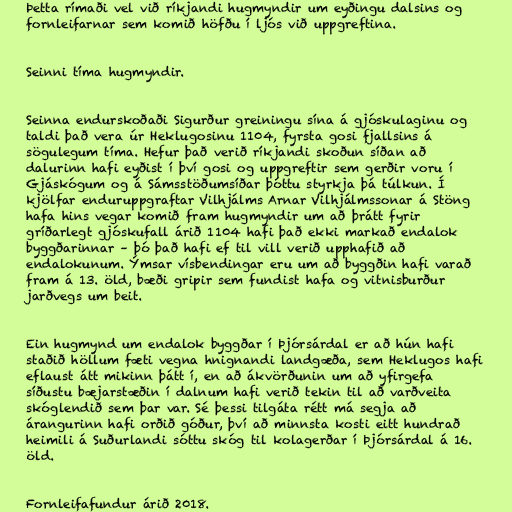
Þetta rímaði vel við ríkjandi hugmyndir um eyðingu dalsins og
fornleifarnar sem komið höfðu í ljós við uppgreftina.

Seinni tíma hugmyndir.

Seinna endurskoðaði Sigurður greiningu sína á gjóskulaginu og
taldi það vera úr Heklugosinu 1104, fyrsta gosi fjallsins á
sögulegum tíma. Hefur það verið ríkjandi skoðun síðan að
dalurinn hafi eyðist í því gosi og uppgreftir sem gerðir voru í
Gjáskógum og á Sámsstöðumsíðar þóttu styrkja þá túlkun. Í
kjölfar enduruppgraftar Vilhjálms Arnar Vilhjálmssonar á Stöng
hafa hins vegar komið fram hugmyndir um að þrátt fyrir
gríðarlegt gjóskufall árið 1104 hafi það ekki markað endalok
byggðarinnar – þó það hafi ef til vill verið upphafið að
endalokunum. Ýmsar vísbendingar eru um að byggðin hafi varað
fram á 13. öld, bæði gripir sem fundist hafa og vitnisburður
jarðvegs um beit.

Ein hugmynd um endalok byggðar í Þjórsárdal er að hún hafi
staðið höllum fæti vegna hnignandi landgæða, sem Heklugos hafi
eflaust átt mikinn þátt í, en að ákvörðunin um að yfirgefa
síðustu bæjarstæðin í dalnum hafi verið tekin til að varðveita
skóglendið sem þar var. Sé þessi tilgáta rétt má segja að
árangurinn hafi orðið góður, því að minnsta kosti eitt hundrað
heimili á Suðurlandi sóttu skóg til kolagerðar í Þjórsárdal á 16.
öld.

Fornleifafundur árið 2018.